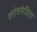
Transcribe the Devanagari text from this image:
स्तोत्रसंहिता